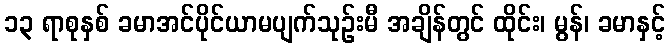
၁၃ ရာစုနှစ် ခမာအင်ပိုင်ယာမပျက်သုဉ်းမီ အချိန်တွင် ထိုင်း၊ မွန်၊ ခမာနှင့်